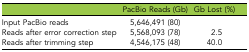
<table><thead><tr><td></td><td><b>PacBio Reads (Gb)</b></td><td><b>Gb Lost (%)</b></td></tr></thead><tbody><tr><td>Input PacBio reads</td><td>5,646,491 (80)</td><td></td></tr><tr><td>Reads after error correction step</td><td>5,568,093 (78)</td><td>2.5</td></tr><tr><td>Reads after trimming step</td><td>4,546,175 (48)</td><td>40.0</td></tr></tbody></table>